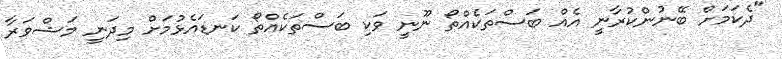
"ދެކަމަށް ބޭނުންކުރާނީ އެއް ބަސްތަކެއްތޯ ނޫނީ ވަކި ބަސްތަކެއްތޯ ކަނޑައެޅުމަށް މިދަނީ މަޝްވަރާ